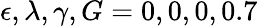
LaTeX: \epsilon,\lambda,\gamma,G=0,0,0,0.7